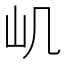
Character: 㞦